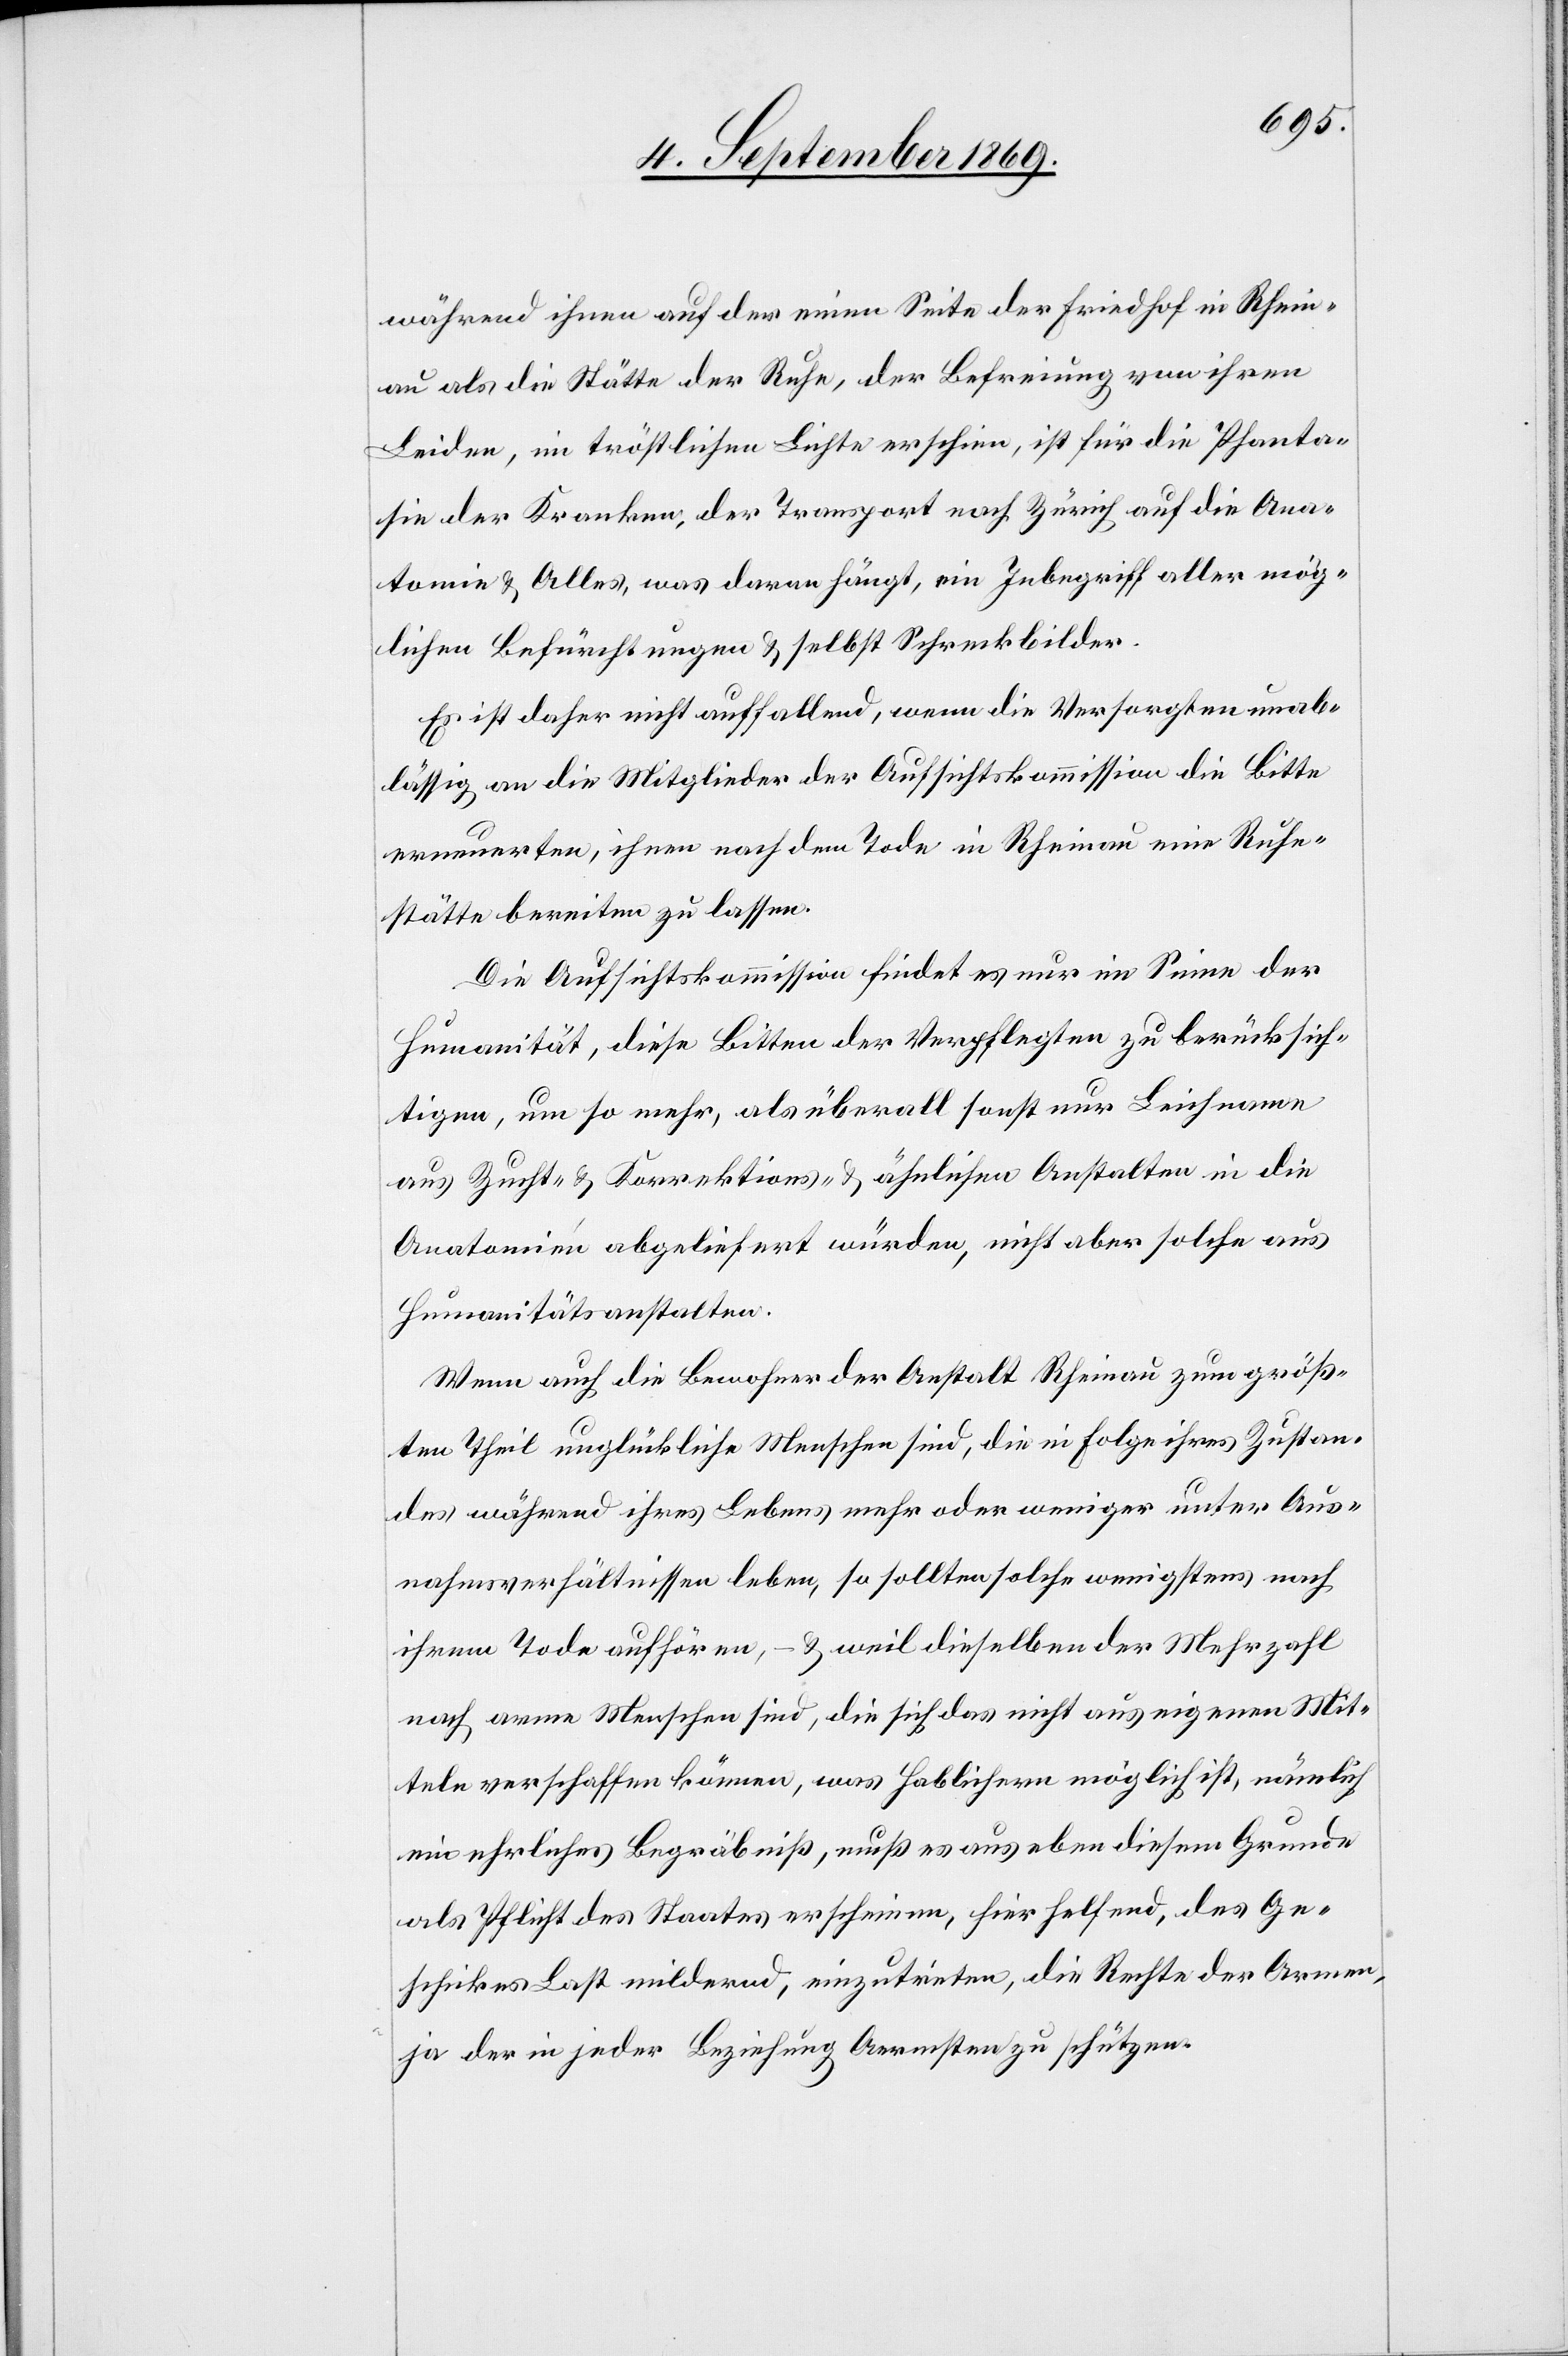
während ihnen auf der einen Seite der Friedhof in Rhein¬
au als die Stätte der Ruhe, der Befreiung von ihren
Leiden, im tröstlichen Lichte erschien, ist für die Phanta¬
sie der Kranken, der Transport nach Zürich auf die Ana¬
tomie & Alles, was daran hängt, ein Inbegriff aller mög¬
lichen Befürchtungen & selbst Schreckbilder.
Es ist daher nicht auffallend, wenn die Versorgten unab¬
lässig an die Mitglieder der Aufsichtskommission die Bitte
erneuerten, ihnen nach dem Tode in Rheinau eine Ruhe¬
stätte bereiten zu lassen.
Die Aufsichtskommission findet es nur im Sinne der
Humanität, diese Bitten der Verpflegten zu berücksich¬
tigen, um so mehr, als überall sonst nur Leichname
aus Zucht- & Korrektions- & ähnlichen Anstalten in die
Anatomien abgeliefert würden, nicht aber solche aus
Humanitätsanstalten.
Wenn auch die Bewohner der Anstalt Rheinau zum größ¬
ten Theil unglückliche Menschen sind, die in Folge ihres Zustan¬
des während ihres Lebens mehr oder weniger unter Aus¬
nahmsverhältnissen leben, so sollten solche wenigstens nach
ihrem Tode aufhören, – & weil dieselben der Mehrzahl
nach arme Menschen sind, die sich das nicht aus eigenen Mit¬
teln verschaffen können, was Hablichern möglich ist, nämlich
ein ehrliches Begräbniß, muß es aus eben diesem Grunde
als Pflicht des Staates erscheinen, hier helfend, des Ge¬
schickes Last mildernd, einzutreten, die Rechte der Armen,
ja der in jeder Beziehung Aermsten zu schützen.